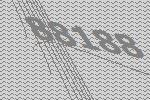
88188